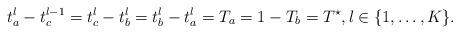
LaTeX: \begin{align*}t^l_a - t^{l-1}_c = t^l_c-t^l_b = t^l_b-t^l_a = T_a = 1 - T_b = T^{\star}, l \in \{1,\dots,K\}.\end{align*}